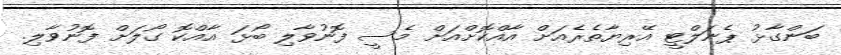
ބަންގާޅު ޕެނަލްޓީ އޭރިޔާތެރެއަށް އާއްކޮށްއަށް މެސީ ފޮނުވާލި ބޯޅަ އާއްކޮ ގޯލަށް ފޮނުވާލި.